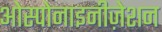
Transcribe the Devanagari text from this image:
ओस्पोनाइनीज़ेशन